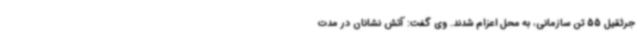
جرثقیل 55 تن سازمانی، به محل اعزام شدند. وی گفت: آتش نشانان در مدت